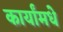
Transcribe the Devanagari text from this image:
कार्यांमधे